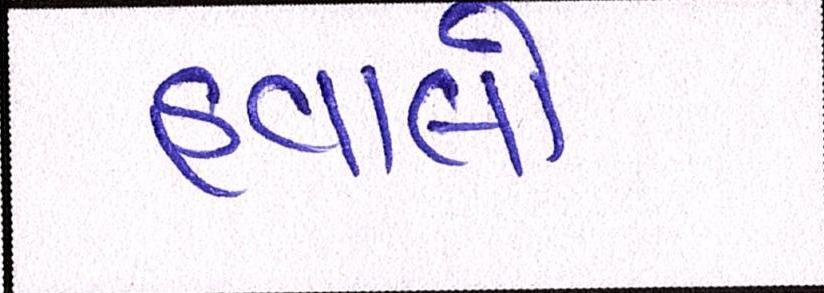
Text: હવાલો